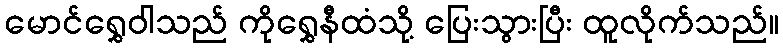
မောင်ရွှေဝါသည် ကိုရွှေနီထံသို့ ပြေးသွားပြီး ထူလိုက်သည်။